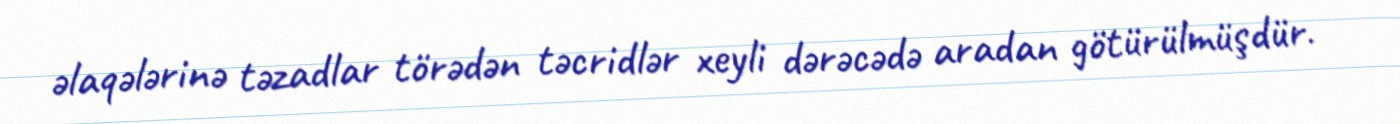
əlaqələrinə təzadlar törədən təcridlər xeyli dərəcədə aradan götürülmüşdür.